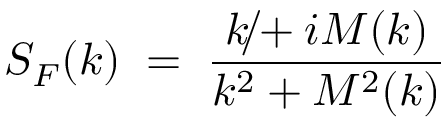
S _ { F } ( k ) \; = \; \frac { \rlap { / } { k } + i M ( k ) } { k ^ { 2 } + M ^ { 2 } ( k ) }